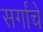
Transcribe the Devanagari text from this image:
सर्गांचे